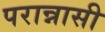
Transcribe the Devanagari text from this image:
परान्नासी